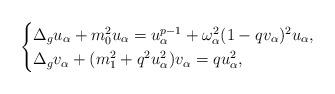
LaTeX: \begin{align*}\begin{cases}\Delta_g u_\alpha+m_0^2 u_\alpha=u_\alpha^{p-1}+\omega_\alpha^2(1-qv_\alpha)^2 u_\alpha,\\\Delta_g v_\alpha +(m_1^2+q^2u_\alpha^2)v_\alpha=qu_\alpha^2,\end{cases}\end{align*}